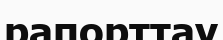
рапорттау